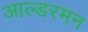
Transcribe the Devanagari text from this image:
आल्डरमन